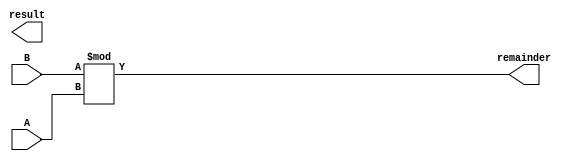
module Divider(
input 	[31:0] A, B,
output	[31:0] result, remainder);
	
assign results = B/A;
assign remainder = B%A;
	
endmodule